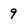
Character: 9